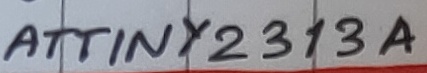
Text: ATTINY2313A